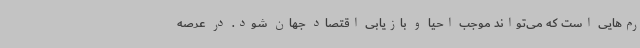
رم‌هایی است که می‌تواند موجب احیا و بازیابی اقتصاد جهان شود. در عرصه